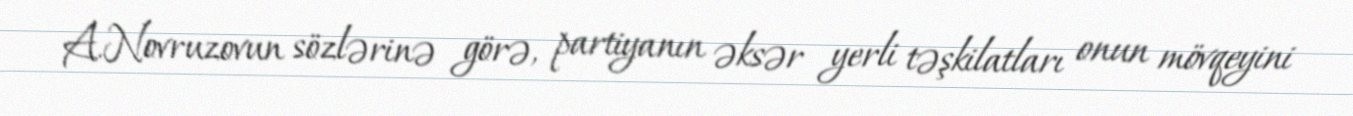
A.Novruzovun sözlərinə görə, partiyanın əksər yerli təşkilatları onun mövqeyini